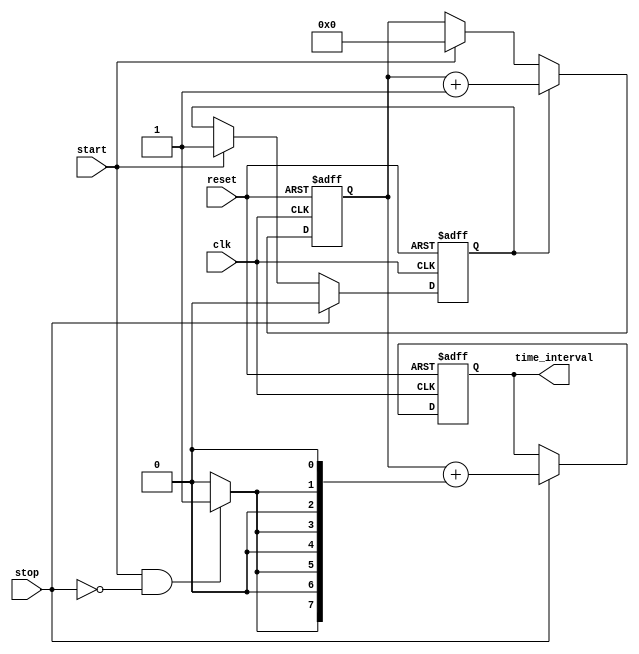
module TDC (
    input wire clk,          // Clock signal
    input wire reset,        // Reset signal
    input wire start,        // Start event signal
    input wire stop,         // Stop event signal
    output reg [15:0] time_interval // Output time interval (16-bit)
);

    // Parameters for the number of delay lines and their increments
    parameter NUM_DELAY_LINES = 8; // Number of delay lines
    parameter DELAY_INCREMENT = 1;  // Delay increment for each line

    // Delay line outputs
    wire [NUM_DELAY_LINES-1:0] delay_outputs;
    
    // Counter for coarse measurement
    reg [15:0] counter; // 16-bit counter for coarse measurement
    reg counting;       // Flag to indicate counting state

    // Vernier delay lines implementation
    generate
        genvar i;
        for (i = 0; i < NUM_DELAY_LINES; i = i + 1) begin : delay_lines
            // Each delay line introduces a fixed delay increment
            assign delay_outputs[i] = (start && !stop) ? (i * DELAY_INCREMENT) : 0;
        end
    endgenerate

    // Counter logic
    always @(posedge clk or posedge reset) begin
        if (reset) begin
            counter <= 0;
            counting <= 0;
            time_interval <= 0;
        end else begin
            if (start) begin
                counting <= 1; // Start counting on start signal
                counter <= 0;  // Reset counter
            end
            
            if (counting) begin
                counter <= counter + 1; // Increment counter
            end
            
            if (stop) begin
                counting <= 0; // Stop counting on stop signal
                // Combine coarse count and fine measurement from delay lines
                time_interval <= counter + delay_outputs; // Combine coarse and fine
            end
        end
    end

endmodule